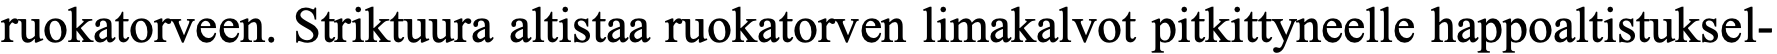
ruokatorveen. Striktuura altistaa ruokatorven limakalvot pitkittyneelle happoaltistuksel-